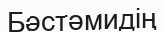
Бәстәмидің